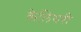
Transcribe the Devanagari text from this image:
केलियरी